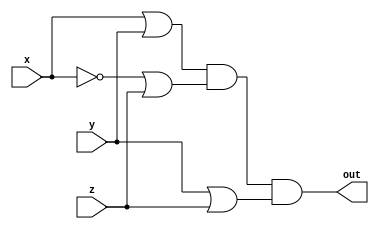
module q2 (
    input wire x,
    input wire y,
    input wire z,
    output wire out
);

    assign out = (x | y) & (~x | z) & (y | z);

endmodule